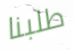
طلبنا